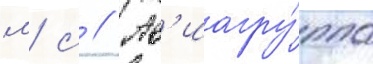
м/ с // Ав'иагру́ппа